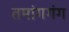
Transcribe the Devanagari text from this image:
तमांगगंग